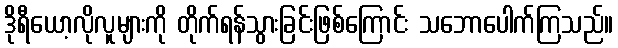
ဒိုရီယော့လိုလူများကို တိုက်ရန်သွားခြင်းဖြစ်ကြောင်း သဘောပေါက်ကြသည်။